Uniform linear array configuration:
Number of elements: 8
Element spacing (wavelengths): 0.75
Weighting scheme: exponential
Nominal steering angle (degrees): -60
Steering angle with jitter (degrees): -60.492
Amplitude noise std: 0.05
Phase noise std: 0.05

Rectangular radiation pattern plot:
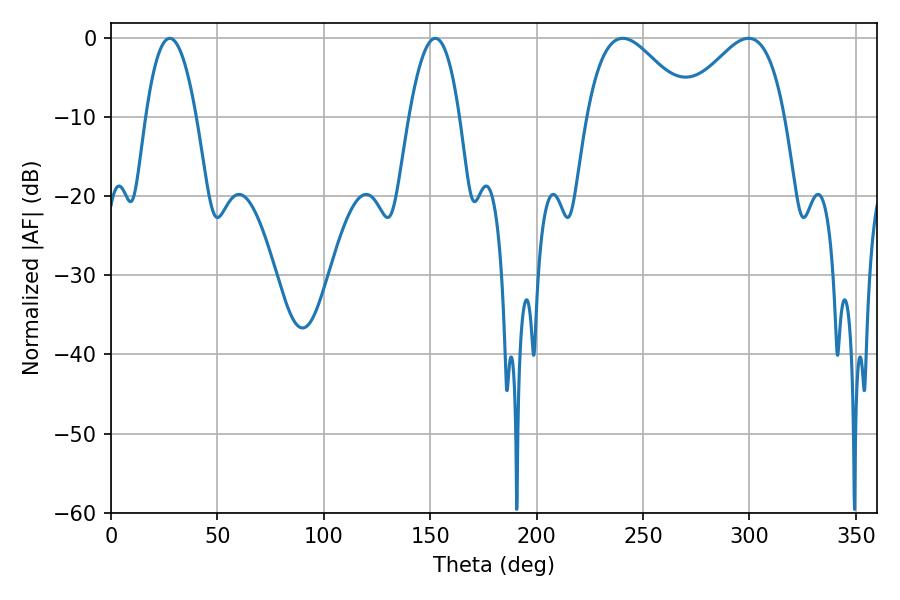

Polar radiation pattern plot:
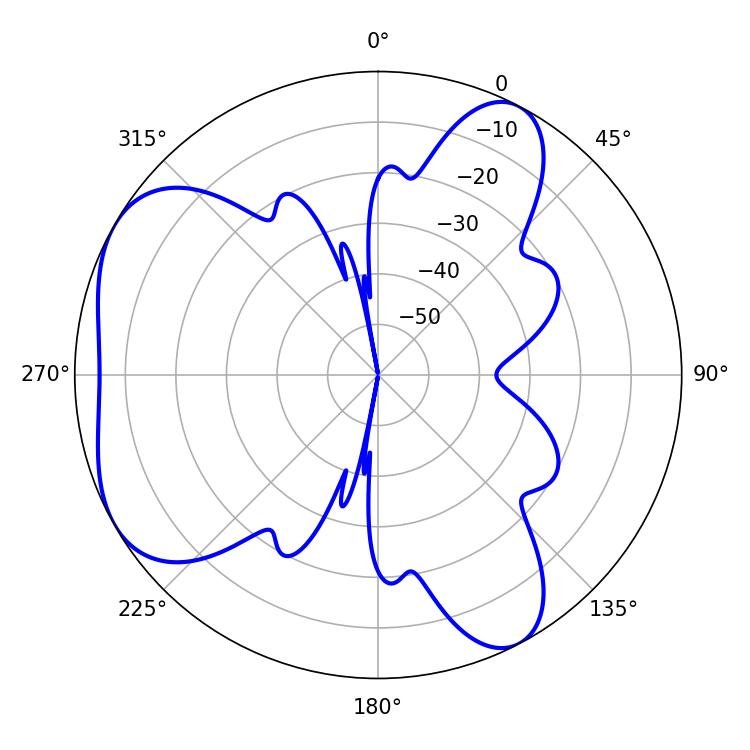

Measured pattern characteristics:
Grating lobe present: TRUE
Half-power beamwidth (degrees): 26.1
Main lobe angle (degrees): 240.48